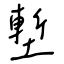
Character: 塹